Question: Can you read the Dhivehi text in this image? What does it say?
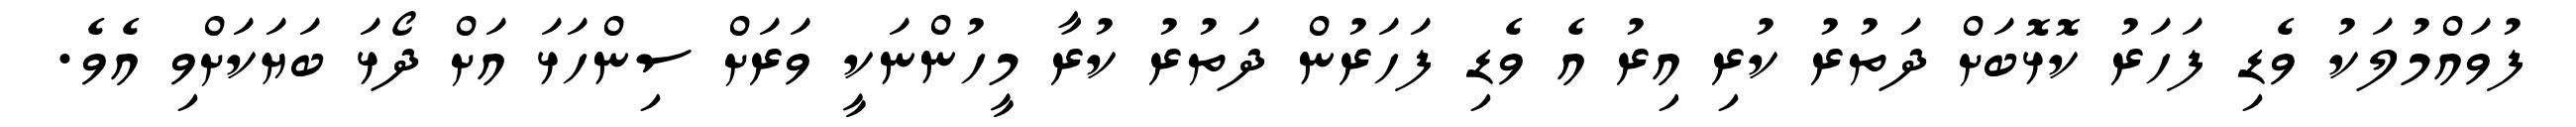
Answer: ފުވައްމުލަކު ވެޑި ފަހަރު ކޮޅޮބަށް ދަތުރު ކުރި އިރު އެ ވެޑި ފަހަރުން ދަތުރު ކުރާ މީހުންނަކީ ވަރަށް ސިންހަޅަ އަށް ދޯޅަ ބަޔަކަށްވި އެވެ.